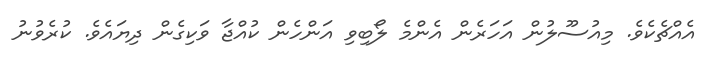
އެއްޗެކެވެ. މިއުސޫލުން އަހަރެން އެންމެ ލޯބިވި އަންހެން ކުއްޖާ ވަކިގެން ދިޔައެވެ. ކުރެވުނު